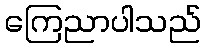
ကြေညာပါသည်